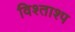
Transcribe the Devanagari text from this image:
विश्ताश्प